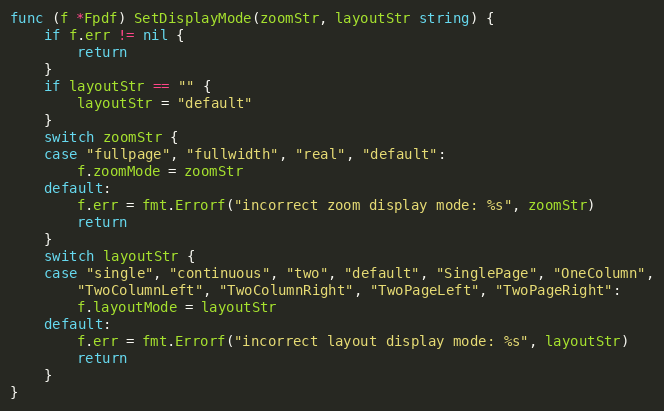
Language: Go
func (f *Fpdf) SetDisplayMode(zoomStr, layoutStr string) {
	if f.err != nil {
		return
	}
	if layoutStr == "" {
		layoutStr = "default"
	}
	switch zoomStr {
	case "fullpage", "fullwidth", "real", "default":
		f.zoomMode = zoomStr
	default:
		f.err = fmt.Errorf("incorrect zoom display mode: %s", zoomStr)
		return
	}
	switch layoutStr {
	case "single", "continuous", "two", "default", "SinglePage", "OneColumn",
		"TwoColumnLeft", "TwoColumnRight", "TwoPageLeft", "TwoPageRight":
		f.layoutMode = layoutStr
	default:
		f.err = fmt.Errorf("incorrect layout display mode: %s", layoutStr)
		return
	}
}